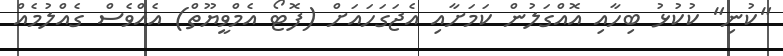
"ކުނި" ކުކުޅު ބިހާއި އޮއްގަލުން ކަމަށާއި އެޖަގަހައަށް (ފޮޓޯ އެމްވީޔޫތް) އެއްވެސް ގެއްލުމެއް